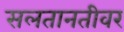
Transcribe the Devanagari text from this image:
सलतानतीवर